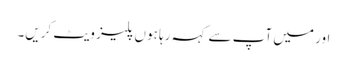
اور میں آپ سے کہہ رہا ہوں پلیز ویٹ کریں۔